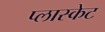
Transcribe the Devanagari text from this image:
प्लास्केट